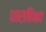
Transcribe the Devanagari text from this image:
धाराविभव